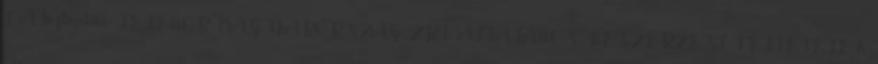
I. A biztosítási TELENOR MAGYARORSZÁG ZRT. ÁLTALÁNOS BESZERZÉSI FELTÉTELEK.